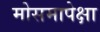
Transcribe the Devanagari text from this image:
मोसमापेक्षा